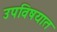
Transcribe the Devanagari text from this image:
उपविषयात